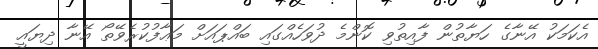
އެކަމަކު އޭނާގެ ހަޔާތުން ފާއިތުވި ކޮންމެ ދުވަހެއްގައި ބައްޕައަށް މަޢާފުކުރެވޭތޯ އޭނާ ދިޔައީ